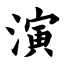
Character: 演